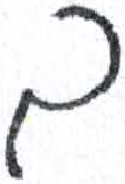
אות: ב